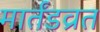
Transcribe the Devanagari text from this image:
मार्तंडव्रत